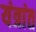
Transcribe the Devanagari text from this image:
यंत्रांत